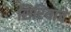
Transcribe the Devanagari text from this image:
सिरियाचे